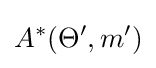
A^{*}(\Theta ',m')